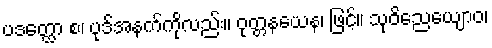
ပဒတ္ထော စ၊ ပုဒ်အနက်ကိုလည်း။ ဝုတ္တနယေန၊ ဖြင့်။ သုဝိညေယျောဝ၊